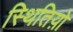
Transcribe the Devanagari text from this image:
स्थितिय़ो